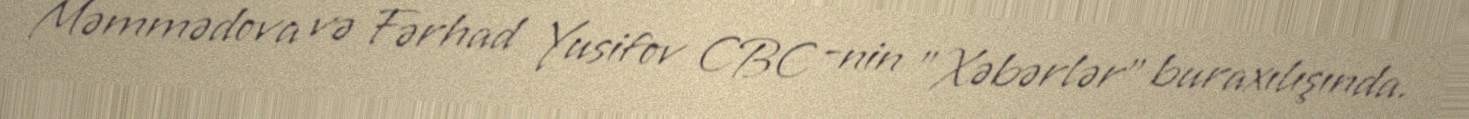
Məmmədova və Fərhad Yusifov CBC -nin "Xəbərlər" buraxılışında.